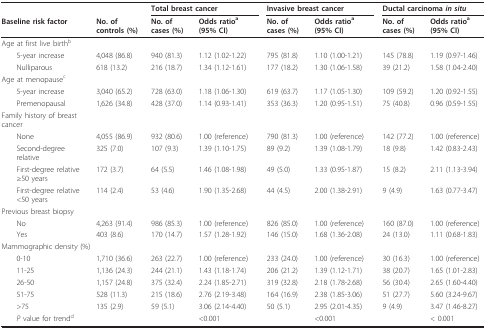
<table><thead><tr><td></td><td></td><td colspan="2"><b>Total breast cancer</b></td><td></td><td colspan="2"><b>Invasive breast cancer</b></td><td></td><td colspan="2"><b>Ductal carcinoma <i>in situ</i></b></td></tr><tr><td><b>Baseline risk factor</b></td><td><b>No. of controls (%)</b></td><td><b>No. of cases (%)</b></td><td><b>Odds ratio<sup>a</sup> (95% CI)</b></td><td></td><td><b>No. of cases (%)</b></td><td><b>Odds ratio<sup>a</sup> (95% CI)</b></td><td></td><td><b>No. of cases (%)</b></td><td><b>Odds ratio<sup>a</sup> (95% CI)</b></td></tr></thead><tbody><tr><td>Age at first live birth<sup>b</sup></td><td></td><td></td><td></td><td></td><td></td><td></td><td></td><td></td><td></td></tr><tr><td> 5-year increase</td><td>4,048 (86.8)</td><td>940 (81.3)</td><td>1.12 (1.02-1.22)</td><td></td><td>795 (81.8)</td><td>1.10 (1.00-1.21)</td><td></td><td>145 (78.8)</td><td>1.19 (0.97-1.46)</td></tr><tr><td> Nulliparous</td><td>618 (13.2)</td><td>216 (18.7)</td><td>1.34 (1.12-1.61)</td><td></td><td>177 (18.2)</td><td>1.30 (1.06-1.58)</td><td></td><td>39 (21.2)</td><td>1.58 (1.04-2.40)</td></tr><tr><td>Age at menopause<sup>c</sup></td><td></td><td></td><td></td><td></td><td></td><td></td><td></td><td></td><td></td></tr><tr><td> 5-year increase</td><td>3,040 (65.2)</td><td>728 (63.0)</td><td>1.18 (1.06-1.30)</td><td></td><td>619 (63.7)</td><td>1.17 (1.05-1.30)</td><td></td><td>109 (59.2)</td><td>1.20 (0.92-1.55)</td></tr><tr><td> Premenopausal</td><td>1,626 (34.8)</td><td>428 (37.0)</td><td>1.14 (0.93-1.41)</td><td></td><td>353 (36.3)</td><td>1.20 (0.95-1.51)</td><td></td><td>75 (40.8)</td><td>0.96 (0.59-1.55)</td></tr><tr><td>Family history of breast cancer</td><td></td><td></td><td></td><td></td><td></td><td></td><td></td><td></td><td></td></tr><tr><td> None</td><td>4,055 (86.9)</td><td>932 (80.6)</td><td>1.00 (reference)</td><td></td><td>790 (81.3)</td><td>1.00 (reference)</td><td></td><td>142 (77.2)</td><td>1.00 (reference)</td></tr><tr><td> Second-degree relative</td><td>325 (7.0)</td><td>107 (9.3)</td><td>1.39 (1.10-1.75)</td><td></td><td>89 (9.2)</td><td>1.39 (1.08-1.79)</td><td></td><td>18 (9.8)</td><td>1.42 (0.83-2.43)</td></tr><tr><td> First-degree relative ≥50 years</td><td>172 (3.7)</td><td>64 (5.5)</td><td>1.46 (1.08-1.98)</td><td></td><td>49 (5.0)</td><td>1.33 (0.95-1.87)</td><td></td><td>15 (8.2)</td><td>2.11 (1.13-3.94)</td></tr><tr><td> First-degree relative &lt;50 years</td><td>114 (2.4)</td><td>53 (4.6)</td><td>1.90 (1.35-2.68)</td><td></td><td>44 (4.5)</td><td>2.00 (1.38-2.91)</td><td></td><td>9 (4.9)</td><td>1.63 (0.77-3.47)</td></tr><tr><td>Previous breast biopsy</td><td></td><td></td><td></td><td></td><td></td><td></td><td></td><td></td><td></td></tr><tr><td> No</td><td>4,263 (91.4)</td><td>986 (85.3)</td><td>1.00 (reference)</td><td></td><td>826 (85.0)</td><td>1.00 (reference)</td><td></td><td>160 (87.0)</td><td>1.00 (reference)</td></tr><tr><td> Yes</td><td>403 (8.6)</td><td>170 (14.7)</td><td>1.57 (1.28-1.92)</td><td></td><td>146 (15.0)</td><td>1.68 (1.36-2.08)</td><td></td><td>24 (13.0)</td><td>1.11 (0.68-1.83)</td></tr><tr><td>Mammographic density (%)</td><td></td><td></td><td></td><td></td><td></td><td></td><td></td><td></td><td></td></tr><tr><td> 0-10</td><td>1,710 (36.6)</td><td>263 (22.7)</td><td>1.00 (reference)</td><td></td><td>233 (24.0)</td><td>1.00 (reference)</td><td></td><td>30 (16.3)</td><td>1.00 (reference)</td></tr><tr><td> 11-25</td><td>1,136 (24.3)</td><td>244 (21.1)</td><td>1.43 (1.18-1.74)</td><td></td><td>206 (21.2)</td><td>1.39 (1.12-1.71)</td><td></td><td>38 (20.7)</td><td>1.65 (1.01-2.83)</td></tr><tr><td> 26-50</td><td>1,157 (24.8)</td><td>375 (32.4)</td><td>2.24 (1.85-2.71)</td><td></td><td>319 (32.8)</td><td>2.18 (1.78-2.68)</td><td></td><td>56 (30.4)</td><td>2.65 (1.60-4.40)</td></tr><tr><td> 51-75</td><td>528 (11.3)</td><td>215 (18.6)</td><td>2.76 (2.19-3.48)</td><td></td><td>164 (16.9)</td><td>2.38 (1.85-3.06)</td><td></td><td>51 (27.7)</td><td>5.60 (3.24-9.67)</td></tr><tr><td> &gt;75</td><td>135 (2.9)</td><td>59 (5.1)</td><td>3.06 (2.14-4.40)</td><td></td><td>50 (5.1)</td><td>2.95 (2.01-4.35)</td><td></td><td>9 (4.9)</td><td>3.47 (1.46-8.27)</td></tr><tr><td> <i>P </i>value for trend<sup>d</sup></td><td></td><td></td><td>&lt;0.001</td><td></td><td></td><td>&lt;0.001</td><td></td><td></td><td>&lt; 0.001</td></tr></tbody></table>